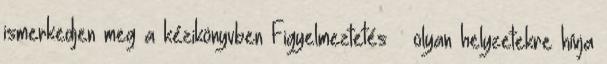
ismerkedjen meg a kézikönyvben Figyelmeztetés – olyan helyzetekre hívja